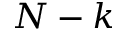
N - k